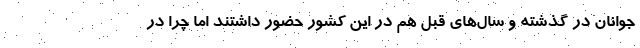
جوانان در گذشته و سال‌های قبل هم در این کشور حضور داشتند اما چرا در